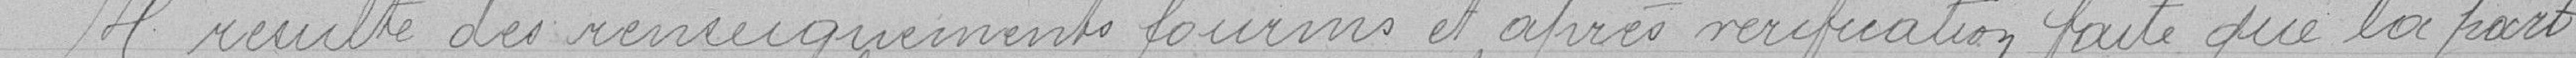
Il résulte des renseignements fournis et après vérification faite que la part